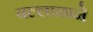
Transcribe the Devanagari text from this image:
बल्लाळाने